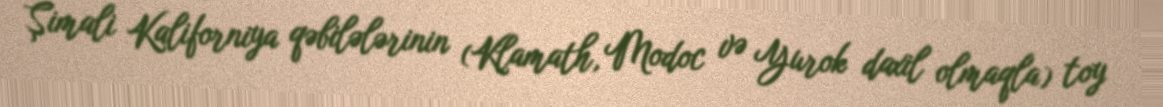
Şimali Kaliforniya qəbilələrinin (Klamath, Modoc və Yurok daxil olmaqla) toy